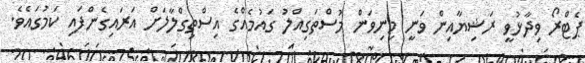
ޕެޓްރޯ ވިދާޅުވީ ރަޝިޔާއިން ވަނީ މިނިވަން މުސްތަގިއްލު ގައުމެއްގެ އިސްތިގްލާލަށް އަރައިގެންފައި ކަމުގައެވެ.